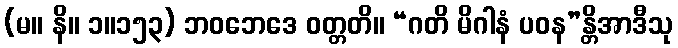
(မ။ နိ။ ၁။၁၅၃) ဘဝဘေဒေ ဝတ္တတိ။ “ဂတိ မိဂါနံ ပဝန”န္တိအာဒီသု